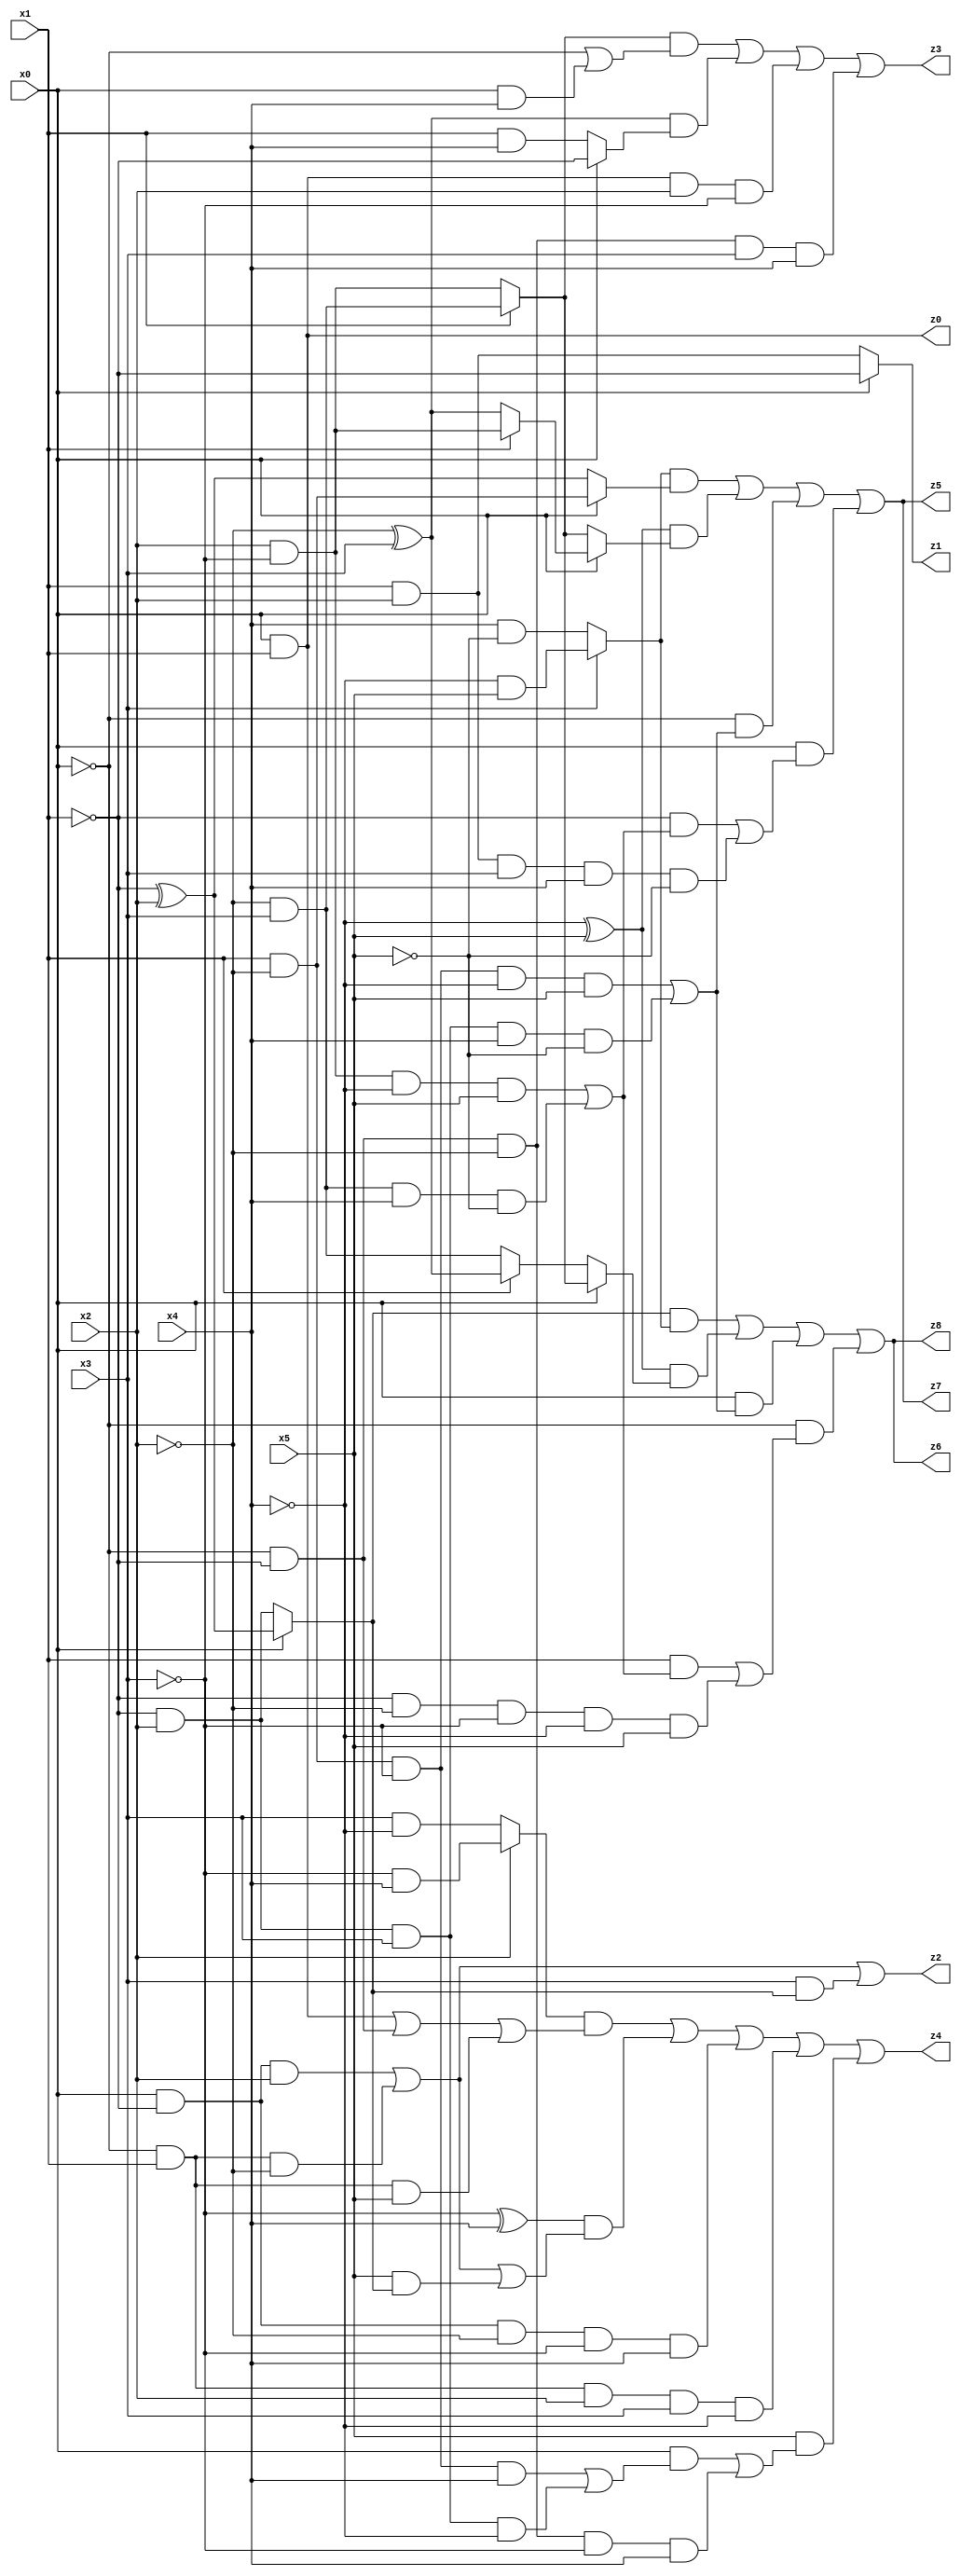
// Benchmark "q_1" written by ABC on Mon Jul 10 13:11:22 2023

module q_1 ( 
    x0, x1, x2, x3, x4, x5,
    z0, z1, z2, z3, z4, z5, z6, z7, z8  );
  input  x0, x1, x2, x3, x4, x5;
  output z0, z1, z2, z3, z4, z5, z6, z7, z8;
  assign z0 = x0 & x1;
  assign z1 = x0 ? ~x1 : (x1 & x2);
  assign z2 = (x0 & ~x1 & x2) | (~x0 & x1 & ~x2) | (x3 & (x0 ? (~x1 ^ x2) : (~x1 & x2)));
  assign z3 = ((x1 ? (~x2 & x3) : (x2 & ~x3)) & (~x0 | (x0 & x4))) | ((~x2 ^ x3) & (x0 ? ~x1 : (x1 & x4))) | (x0 & x1 & x2 & ~x3) | (~x0 & ~x1 & ~x2 & x3 & x4);
  assign z4 = ((x2 ? (~x3 & x4) : (x3 & ~x4)) & ((x0 & x1) | (~x0 & ~x1) | (~x0 & x1 & x5))) | ((~x3 ^ x4) & ((x0 & ~x1 & x2) | (~x0 & x1 & ~x2) | (x5 & (x0 ? (~x1 ^ x2) : (~x1 & x2))))) | (x0 & ~x1 & ~x2 & ~x3 & x4) | (~x0 & x1 & x2 & x3 & ~x4) | (x5 & ((x0 & ((x1 & ~x2 & ~x3 & x4) | (~x1 & x2 & x3 & ~x4))) | (~x0 & ~x1 & ~x2 & ~x3 & x4)));
  assign z5 = ((x3 ? (~x4 & x5) : (x4 & ~x5)) & (x0 ? (x1 & ~x2) : (~x1 ^ x2))) | ((~x4 ^ x5) & (x0 ? (x1 ? (x2 & ~x3) : (~x2 ^ x3)) : (x1 ? (~x2 & x3) : (x2 & ~x3)))) | (~x0 & ((x1 & ~x2 & ~x3 & ~x4 & x5) | (~x1 & x2 & x3 & x4 & ~x5))) | (x0 & ((~x1 & ((x2 & ~x3 & ~x4 & x5) | (~x2 & x3 & x4 & ~x5))) | (x1 & x2 & x3 & x4 & ~x5)));
  assign z6 = ((x0 ? (~x1 ^ x2) : (~x1 & x2)) & (x3 ? (~x4 & x5) : (x4 & ~x5))) | ((~x4 ^ x5) & (x0 ? (x1 ? (~x2 & x3) : (x2 & ~x3)) : (x1 ? (~x2 ^ x3) : (~x2 & x3)))) | (x0 & ((x1 & ~x2 & ~x3 & ~x4 & x5) | (~x1 & x2 & x3 & x4 & ~x5))) | (~x0 & ((x1 & ((x2 & ~x3 & ~x4 & x5) | (~x2 & x3 & x4 & ~x5))) | (~x1 & ~x2 & ~x3 & ~x4 & x5)));
  assign z7 = ((x3 ? (~x4 & x5) : (x4 & ~x5)) & (x0 ? (x1 & ~x2) : (~x1 ^ x2))) | ((~x4 ^ x5) & (x0 ? (x1 ? (x2 & ~x3) : (~x2 ^ x3)) : (x1 ? (~x2 & x3) : (x2 & ~x3)))) | (~x0 & ((x1 & ~x2 & ~x3 & ~x4 & x5) | (~x1 & x2 & x3 & x4 & ~x5))) | (x0 & ((~x1 & ((x2 & ~x3 & ~x4 & x5) | (~x2 & x3 & x4 & ~x5))) | (x1 & x2 & x3 & x4 & ~x5)));
  assign z8 = ((x0 ? (~x1 ^ x2) : (~x1 & x2)) & (x3 ? (~x4 & x5) : (x4 & ~x5))) | ((~x4 ^ x5) & (x0 ? (x1 ? (~x2 & x3) : (x2 & ~x3)) : (x1 ? (~x2 ^ x3) : (~x2 & x3)))) | (x0 & ((x1 & ~x2 & ~x3 & ~x4 & x5) | (~x1 & x2 & x3 & x4 & ~x5))) | (~x0 & ((x1 & ((x2 & ~x3 & ~x4 & x5) | (~x2 & x3 & x4 & ~x5))) | (~x1 & ~x2 & ~x3 & ~x4 & x5)));
endmodule